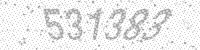
Solution: 531383